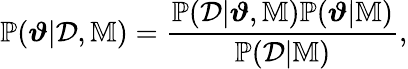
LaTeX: \mathbb{P}(\boldsymbol{\vartheta}|\mathcal{D},\mathbb{M})=\frac{\mathbb{P}(\mathcal{D}|\boldsymbol{\vartheta},\mathbb{M})\mathbb{P}(\boldsymbol{\vartheta}|\mathbb{M})}{\mathbb{P}(\mathcal{D}|\mathbb{M})},